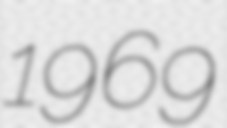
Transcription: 1969